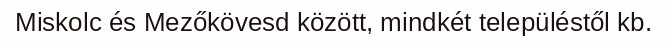
Miskolc és Mezőkövesd között, mindkét településtől kb.